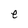
Character: e